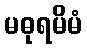
မဓုရမိမံ